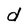
Character: d